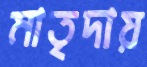
মাতৃদায়